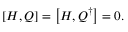
\left[ H , Q \right] = \left[ H , Q ^ { \dagger } \right] = 0 .